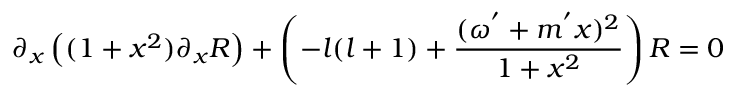
\partial _ { x } \left( ( 1 + x ^ { 2 } ) \partial _ { x } R \right) + \left( - l ( l + 1 ) + \frac { ( \omega ^ { ' } + m ^ { ' } x ) ^ { 2 } } { 1 + x ^ { 2 } } \right) R = 0